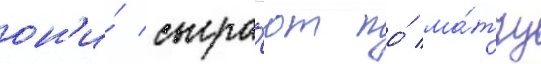
он'и́ сыгра́ют по́ ма́тчу